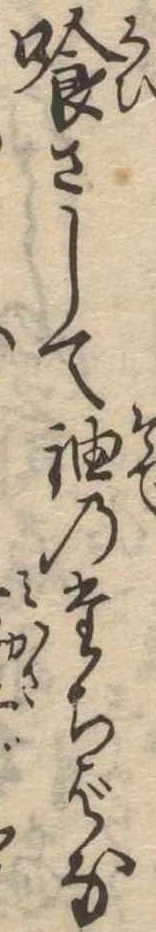
喰さして袖のたちばな